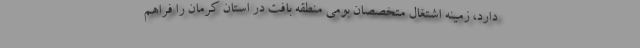
دارد، زمینه اشتغال متخصصان بومی منطقه بافت در استان کرمان را فراهم